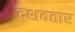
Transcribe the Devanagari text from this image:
दशवतार